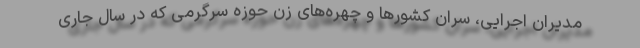
مدیران اجرایی، سران کشورها و چهره‌های زن حوزه سرگرمی که در سال جاری